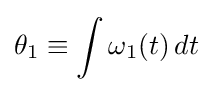
\theta _{1}\equiv \int \omega _{1}(t)\,dt